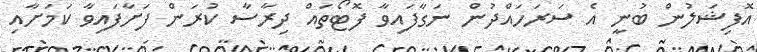
އޮފިޝަލުން ބުނީ އެ ސަރަހައްދުން ނަގާފައިވާ ފޮޓޯތައް ދިރާސާ ކުރަން ފަށާފައިވާ ކަމަށާއި